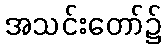
အသင်းတော်၌